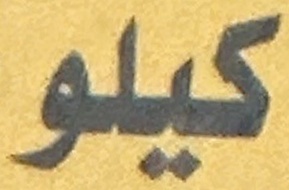
كيلو